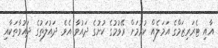
އާއި ޓެރަރިޒަމްގެ އަމަލެއް ކުރުމަށް ރޭވުމުގެ ކުށުގެ ދައުވާ އެވެ. ދައުލަތުގެ ދައުވާތަކާއި